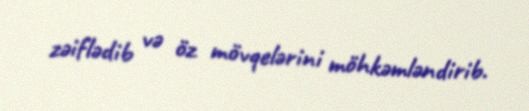
zəiflədib və öz mövqelərini möhkəmləndirib.